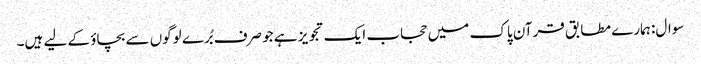
سوال: ہمارے مطابق قرآن پاک میں حجاب ایک تجویز ہے جو صرف بُرے لوگوں سے بچاؤ کے لیے ہیں۔